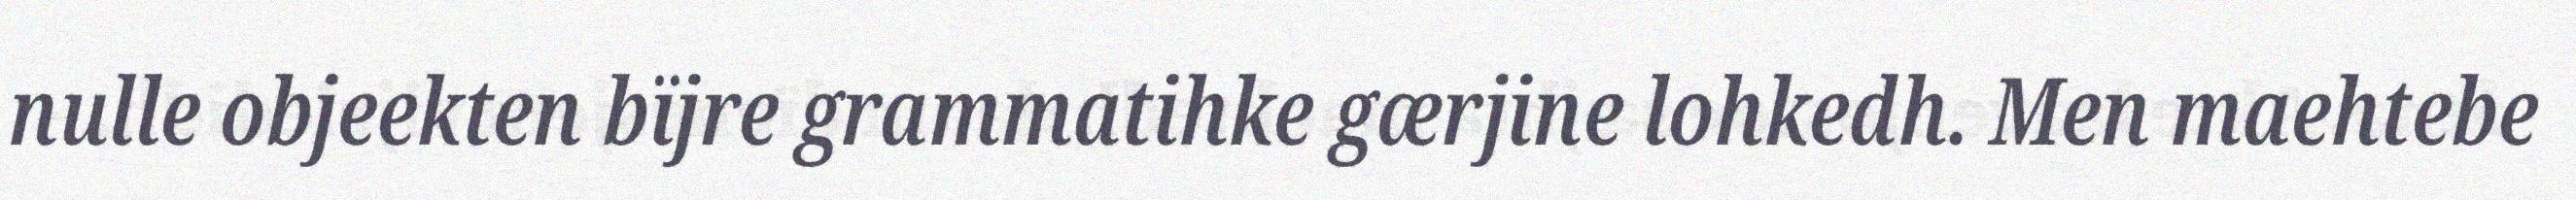
nulle objeekten bïjre grammatihke gærjine lohkedh. Men maehtebe